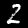
Label: 2